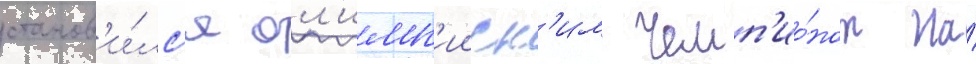
станов'и́лс'я ол'имп'ииск'им чемп'ио́ном на́